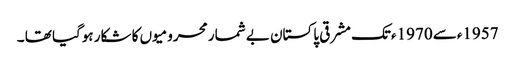
1957ءسے 1970ءتک مشرقی پاکستان بے شمار محرومیوں کا شکار ہوگیا تھا ۔